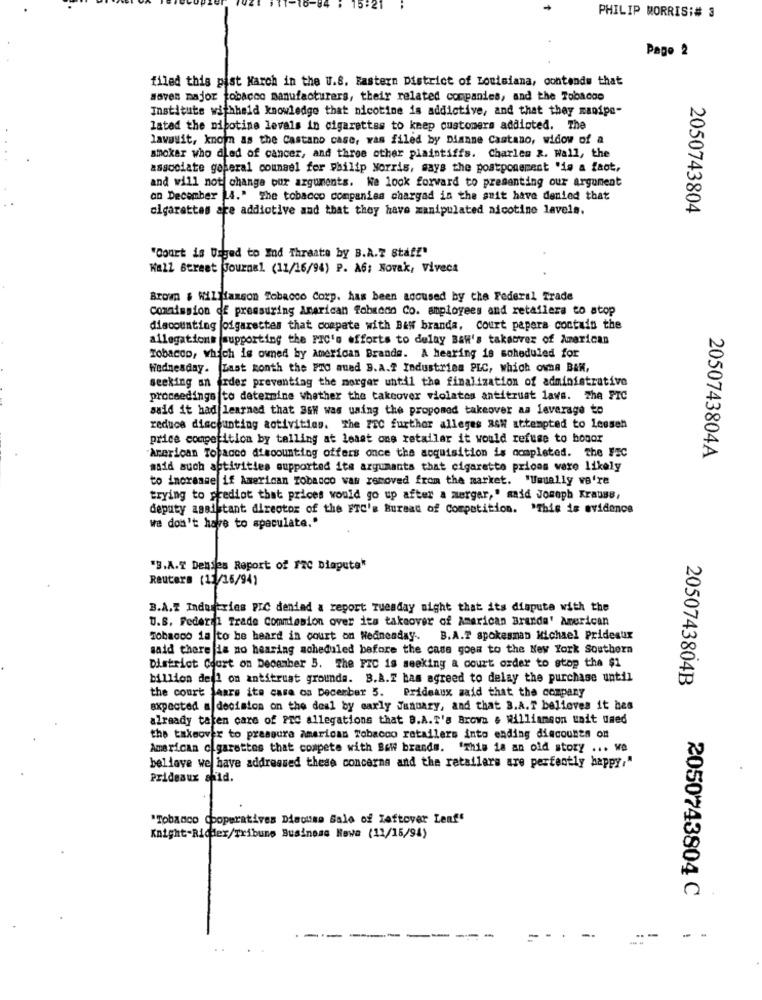
PHILIP MORRIS:# 3
Pago 2
filed this past March in the U.S. Eastern District of Louisiana, contendw that
soves major tobacco manufacturers, their related companies, and the Tobacco
Institute withheld knowledge that nicotine is addictive, and that they manipe-
lated the nipotine levels in cigarettes to keep customers addicted. The
lawasit, known as the Castano case, was filed by Dianne Castano, widow of a
smoker who dled of cancer, and three other plaintiffs. Charles R. Wall, the
asscolate goperal counsel for Philip Morris, says the postponement "is a fact,
and will not change our arguments. We look forward to presenting our argument
an December 4." The tobacco companies chargad in the suit have denied that
cigarettes are addictive and that they have manipulated nicotine levels.
2050743804
"Court is Usged to End Threate by B.A.Z Staff"
Wall Street Journal (11/16/94) P. A6; Novak, Viveca
Brown $ Williamson Tobacco Corp. has been accused by che Federal Trade
Comission of pressuring Amarican fobicon Co. employees and retailers to atop
discounting joigarettes that compate with B&w branda, Court papera contain the
allegations supporting the PIC's efforts to delay Baw's takaover of American
Tobacco, which is owned by American Brands. A hearing is scheduled for
Wednesday. Zast konth the PTO mued B.A .? Industries PLC, which owna BAN,
seeking an irder preventing the merger until the finalization of administrative
proceedings |to determine whether the takeover violates antitrust lavs. The FIC
said it had learned that 36H was using the propomed takeover aa leverage to
reduce discounting activities. The FEC further alleges B&W attempted to Loesen
price competition by telling at least ons retailer it would refuse to honor
American Topacco at soounting offers once the acquisition is completed. the FIC
2050743804A
said such activities supported its argumants that cigarette prices ware likely
to increase if American Tobacco was removed from the market. "Usually we're
trying to predict that prices would go up after a merger," said Joseph Krauss,
deputy assistant director of the ETC's Bureau of Competition. "This is evidence
we don't have to speculate."
Reuters (15/16/94)
B.A.Z Industries PIC dendad a report Tuesday night that its dispute with the
U.S. Federal Trade Commission over its takeover of American Branda' American
Tobacco ia |to be heard in court on Wednesday ..
B.A.T spokesman Michael Prideaux
said there is no hearing scheduled before the case goes to the New York Southern
District Court on December 3. The FIC is seeking a court order to stop the $1
billion dell on antitrust grounda. B.A.I bas agreed to delay the purchase until
2050743804B
the court laars ite casa os December 5. Prideaux said that the company
expected a decision on the deal by early January, and that B.A.T believes it bes
already taken care of PTC allegations that B.A.T's Brown e williamson unit used
the takeover to pressure american Tobacco retailers into ending discounts on
American cigarettes that compete with Bow brands. "This is an old story ... We
believe we have addressed these concerns and the retailers are perfectly happy,"
Prideaux ahid.
"Tobacco Cooperatives Discuss Sale of Leftover Leaf"
Knight-Richex/Tribune Business Nowe (11/15/94)
2050743804 C
--